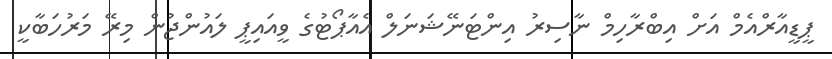
ޕީޑީއާރްއެމް އަށް އިބްރާހިމް ނާސިރު އިންޓަނޭޝަނަލް އެއާޕޯޓުގެ ވީއައިޕީ ލައުންޖުން މިރޭ މަރުހަބާކީ